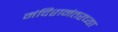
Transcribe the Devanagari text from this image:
मंदिरानंतरच्या